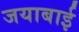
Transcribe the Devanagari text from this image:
जयाबाई